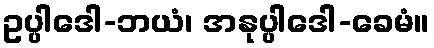
ဥပ္ပါဒေါ-ဘယံ၊ အနုပ္ပါဒေါ-ခေမံ။